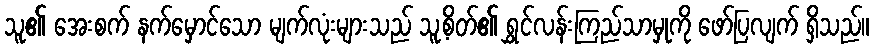
သူ၏ အေးစက် နက်မှောင်သော မျက်လုံးများသည် သူ့စိတ်၏ ရွှင်လန်းကြည်သာမှုကို ဖော်ပြလျက် ရှိသည်။